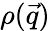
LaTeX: \rho(\vec{q})